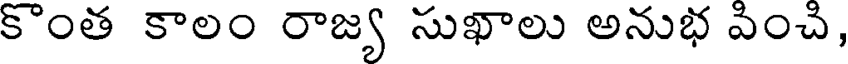
కొంత కాలం రాజ్య సుఖాలు అనుభ వించి,